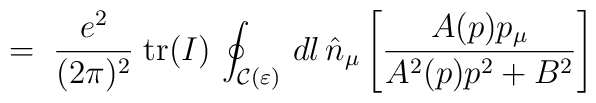
\;=\; \frac{e^2}{(2 \pi)^2} \;{\rm tr}(I)\, \oint_{{\mathcal C}(\varepsilon)} \, dl \, {\hat n}_\mu \left[\frac{A(p) p_\mu}{A^2(p) p^2 + B^2}\right]